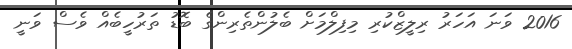
2016 ވަނަ އަހަރު ރިލީޒްކުރި މިފިލްމަށް ބެލުންތެރިންގެ ބޮޑު ތަރުހީބެއް ވެސް ވަނީ